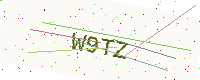
Text: W9TZ